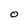
Character: o